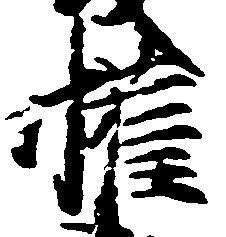
権